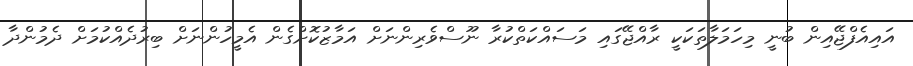
އައިއެފްޖޭއިން ބުނީ މިހަމަލާތަކަކީ ރާއްޖޭގައި މަސައްކަތްކުރާ ނޫސްވެރިންނަށް އަމާޒުކޮށްގެން އެމީހުންނަށް ބިރުދެއްކުމަށް ދެމުންދާ